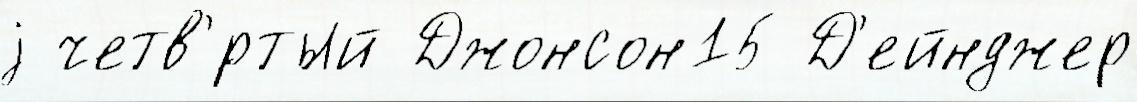
j четв'́ртый Джонсон15 Д'ейнджер